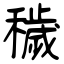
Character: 穢